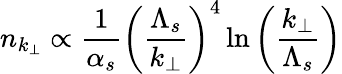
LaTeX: n_{k_{\perp}}\propto{\frac{1}{\alpha_{s}}}\left({\frac{\Lambda_{s}}{k_{\perp}}}\right)^{4}\ln\left({\frac{k_{\perp}}{\Lambda_{s}}}\right)